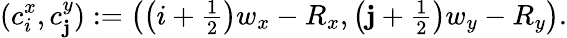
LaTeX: (c_{i}^{x},c_{\mathbf{j}}^{y}):=\left(\left(i+\textstyle\frac{{1}}{{2}}\right)w_{x}-R_{x},\left(\mathbf{j}+\textstyle\frac{{1}}{{2}}\right)w_{y}-R_{y}\right).